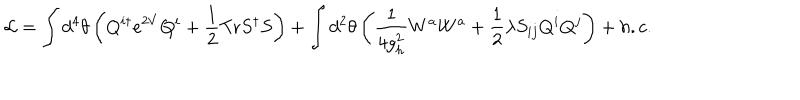
{ \cal L } = \int d ^ { 4 } \theta \left( Q ^ { i \dagger } e ^ { 2 V } Q ^ { i } + \frac { 1 } { 2 } \mathrm { T r } S ^ { \dagger } S \right) + \int d ^ { 2 } \theta \left( \frac { 1 } { 4 g _ { h } ^ { 2 } } W ^ { a } W ^ { a } + \frac { 1 } { 2 } \lambda S _ { i j } Q ^ { i } Q ^ { j } \right) + h . c .